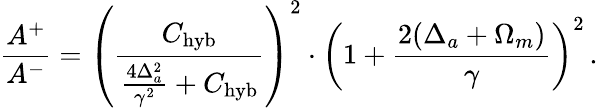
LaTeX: \frac{A^{+}}{A^{-}}=\left(\frac{C_{\mathrm{hyb}}}{\frac{4\Delta_{a}^{2}}{\gamma^{2}}+C_{\mathrm{hyb}}}\right)^{2}\cdot\left(1+\frac{2(\Delta_{a}+\Omega_{m})}{\gamma}\right)^{2}\, .